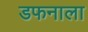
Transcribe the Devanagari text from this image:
डफनाला